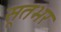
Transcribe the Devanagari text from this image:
सूतभर